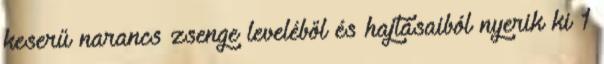
keserű narancs zsenge leveléből és hajtásaiból nyerik ki 1